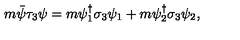
m \bar { \psi } \tau _ { 3 } \psi = m \psi _ { 1 } ^ { \dagger } \sigma _ { 3 } \psi _ { 1 } + m \psi _ { 2 } ^ { \dagger } \sigma _ { 3 } \psi _ { 2 } ,